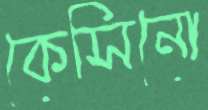
কেসিনো